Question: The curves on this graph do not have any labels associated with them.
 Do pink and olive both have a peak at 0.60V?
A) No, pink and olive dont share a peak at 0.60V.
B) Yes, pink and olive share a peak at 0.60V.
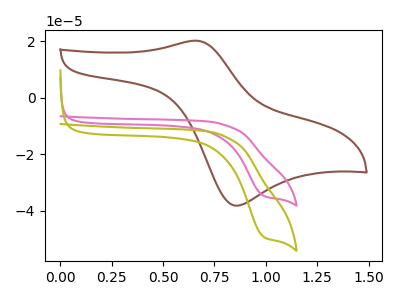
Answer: <think>The brown curve "brown" has an anodic peak at (0.65V, 20.15uA) and a cathodic peak at (0.85V, -38.10uA). The pink curve "pink" has a cathodic peak at: (1.00V, -34.60uA). The olive curve "olive" has a cathodic peak at: (1.00V, -49.10uA).</think>
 <answer>A) No, "pink" and "olive" dont share a peak at 0.60V.</answer>
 <eval>A</eval>